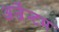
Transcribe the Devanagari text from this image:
अर्जेन्टम